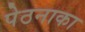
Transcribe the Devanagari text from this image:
पेठनाका